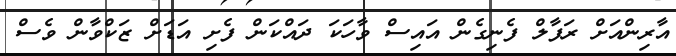
އާރިންއަށް ރަފާލް ފެނިގެން އައިސް ވާހަކަ ދައްކަން ފެށި އަޑަށް ޒަކްވާން ވެސް